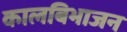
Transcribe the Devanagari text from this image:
कालबिभाजन